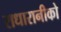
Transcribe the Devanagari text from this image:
राधारानीको